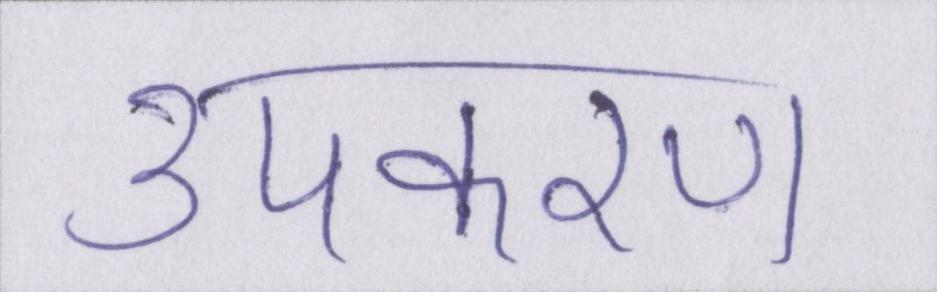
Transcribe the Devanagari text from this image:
उपकरण